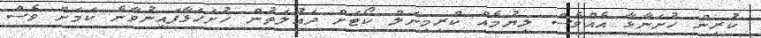
ކުރިން ހުށަނާޅާ އެއްވެސް ލިޔުމެއް ކްރިމިނަލް ކޯޓަށް ދައުލަތުން ހުށަހަޅާފައިނުވާނެ ކަމަށް ވެސް